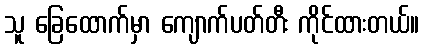
သူ ခြေထောက်မှာ ကျောက်ပတ်တီး ကိုင်ထားတယ်။